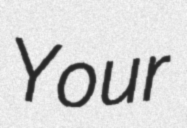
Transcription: Your